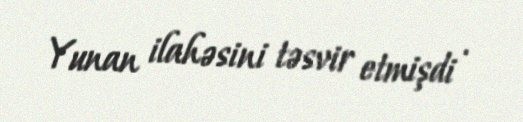
Yunan ilahəsini təsvir etmişdi .